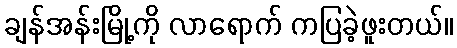
ချန်အန်းမြို့ကို လာရောက် ကပြခဲ့ဖူးတယ်။